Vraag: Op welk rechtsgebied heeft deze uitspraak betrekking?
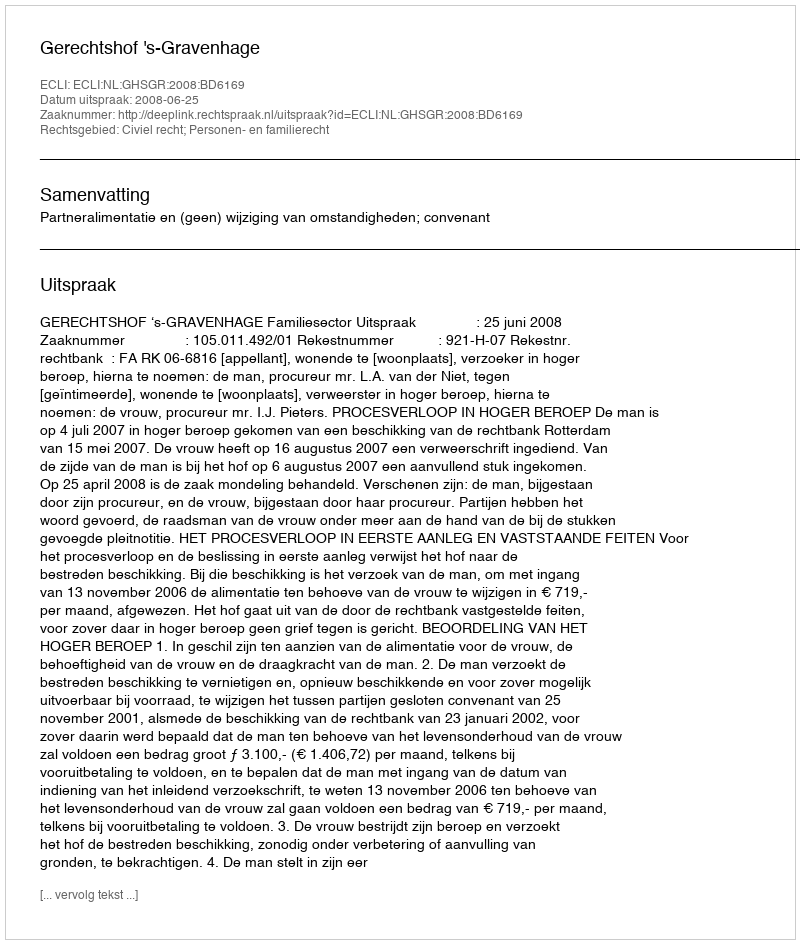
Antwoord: Civiel recht; Personen- en familierecht